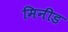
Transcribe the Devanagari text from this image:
मिनीड